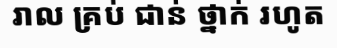
រាល គ្រប់ ជាន់ ថ្នាក់ រហូត